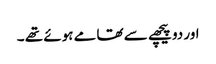
اور دو پیچھے سے تھامے ہوئے تھے ۔